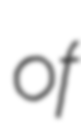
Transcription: of